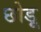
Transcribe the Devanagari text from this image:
छोड़ू